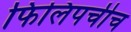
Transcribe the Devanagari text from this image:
फिलिपचीच